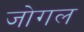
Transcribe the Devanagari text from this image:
जोगल